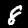
Label: 8